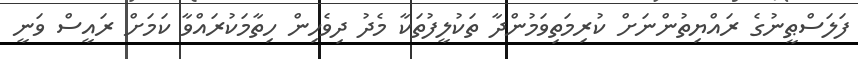
ފަލަސްޠީނުގެ ރައްޔިތުންނަށް ކުރިމަތިވަމުންދާ ތަކުލީފުތަކާ މެދު ދިވެހިން ހިތާމަކުރައްވާ ކަމަށް ރައީސް ވަނީ